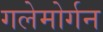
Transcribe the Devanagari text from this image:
गलेमोर्गन